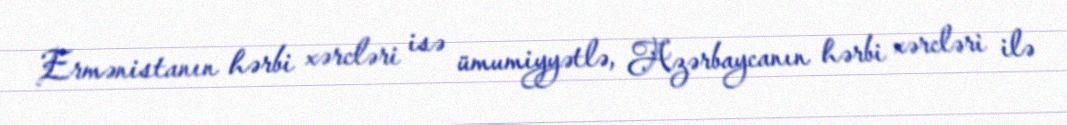
Ermənistanın hərbi xərcləri isə ümumiyyətlə, Azərbaycanın hərbi xərcləri ilə